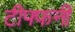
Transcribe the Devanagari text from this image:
टीफ्फनी